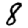
Digit: 8